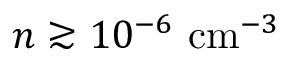
n \gtrsim 1 0 ^ { - 6 } ~ \mathrm { c m } ^ { - 3 }